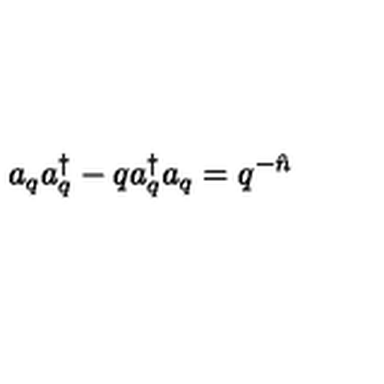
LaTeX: a _ { q } a _ { q } ^ { \dag } - q a _ { q } ^ { \dag } a _ { q } = q ^ { - \hat { n } }